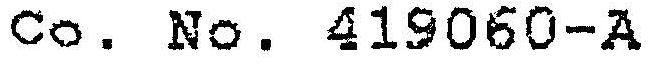
CO. NO. 419060-A